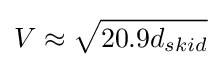
V\approx {\sqrt {20.9d_{skid}}}